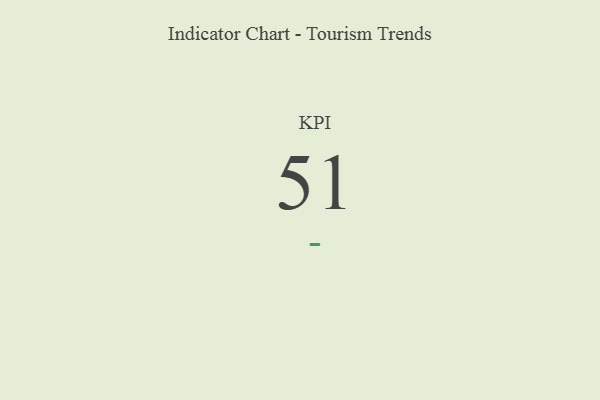
{"axis": {"x": "KPI", "y": "Value"}, "legend": [""], "data": [{"x": "KPI", "y": 51, "type": ""}]}